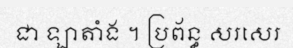
ជា ឡាតាំង ។ ប្រព័ន្ធ សរសេរ